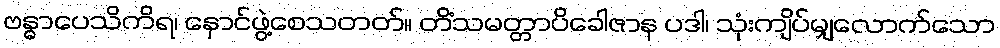
ဗန္ဓာပေသိကိရ၊ နှောင်ဖွဲ့စေသတတ်။ တိံသမတ္တာပိခေါဇာန ပဒါ၊ သုံးကျိပ်မျှလောက်သော